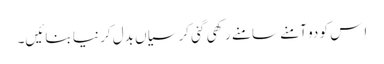
اِس کو دو آمنے سامنے رکھی گئی کرسیاں بَدَل کر نیا بنائیں۔